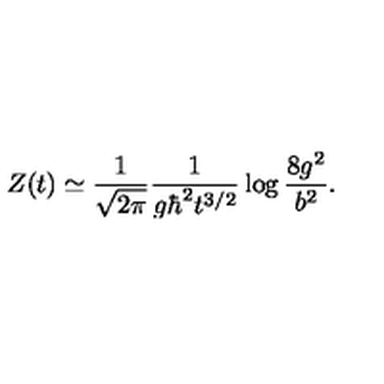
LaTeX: Z ( t ) \simeq { \frac { 1 } { \sqrt { 2 \pi } } } { \frac { 1 } { g \hbar ^ { 2 } t ^ { 3 / 2 } } } \log { \frac { 8 g ^ { 2 } } { b ^ { 2 } } } .